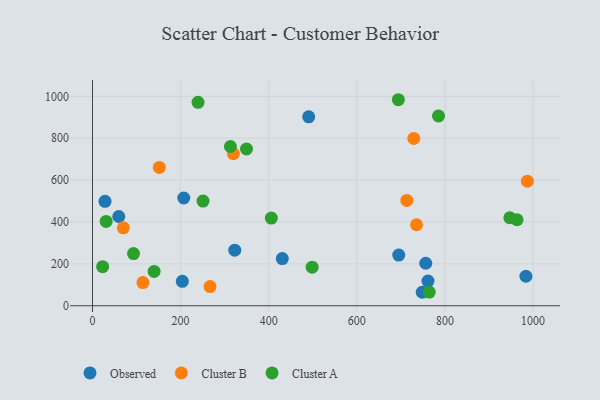
{"axis": {"x": "Ad Spend", "y": "Demand"}, "legend": ["Cluster A", "Cluster B", "Observed"], "data": [{"x": "207.2", "y": 514.6, "type": "Observed"}, {"x": "28.4", "y": 498.8, "type": "Observed"}, {"x": "59.7", "y": 426.2, "type": "Observed"}, {"x": "323.0", "y": 265.2, "type": "Observed"}, {"x": "695.2", "y": 242.2, "type": "Observed"}, {"x": "490.8", "y": 902.1, "type": "Observed"}, {"x": "983.9", "y": 141.0, "type": "Observed"}, {"x": "203.9", "y": 116.5, "type": "Observed"}, {"x": "756.5", "y": 202.9, "type": "Observed"}, {"x": "430.9", "y": 225.1, "type": "Observed"}, {"x": "748.5", "y": 64.4, "type": "Observed"}, {"x": "761.6", "y": 118.0, "type": "Observed"}, {"x": "266.9", "y": 91.4, "type": "Cluster B"}, {"x": "114.5", "y": 110.5, "type": "Cluster B"}, {"x": "151.8", "y": 660.4, "type": "Cluster B"}, {"x": "987.2", "y": 594.7, "type": "Cluster B"}, {"x": "735.6", "y": 386.8, "type": "Cluster B"}, {"x": "319.8", "y": 725.8, "type": "Cluster B"}, {"x": "729.4", "y": 798.7, "type": "Cluster B"}, {"x": "713.5", "y": 502.8, "type": "Cluster B"}, {"x": "70.0", "y": 371.9, "type": "Cluster B"}, {"x": "498.6", "y": 184.2, "type": "Cluster A"}, {"x": "785.5", "y": 905.9, "type": "Cluster A"}, {"x": "963.8", "y": 410.7, "type": "Cluster A"}, {"x": "764.4", "y": 65.3, "type": "Cluster A"}, {"x": "947.3", "y": 420.2, "type": "Cluster A"}, {"x": "239.6", "y": 971.3, "type": "Cluster A"}, {"x": "250.9", "y": 499.8, "type": "Cluster A"}, {"x": "31.0", "y": 402.6, "type": "Cluster A"}, {"x": "406.0", "y": 418.7, "type": "Cluster A"}, {"x": "313.1", "y": 760.3, "type": "Cluster A"}, {"x": "93.1", "y": 249.3, "type": "Cluster A"}, {"x": "139.9", "y": 164.1, "type": "Cluster A"}, {"x": "694.3", "y": 983.7, "type": "Cluster A"}, {"x": "23.0", "y": 186.6, "type": "Cluster A"}, {"x": "349.6", "y": 748.4, "type": "Cluster A"}]}